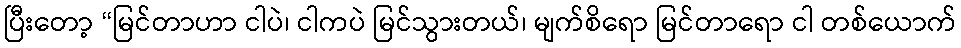
ပြီးတော့ “မြင်တာဟာ ငါပဲ၊ ငါကပဲ မြင်သွားတယ်၊ မျက်စိရော မြင်တာရော ငါ တစ်ယောက်